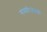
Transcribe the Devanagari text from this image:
गंमतीजंमती